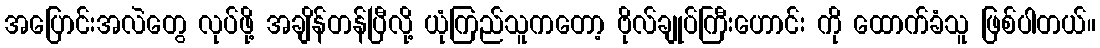
အပြောင်းအလဲတွေ လုပ်ဖို့ အချိန်တန်ပြီလို့ ယုံကြည်သူကတော့ ဗိုလ်ချုပ်ကြီးဟောင်း ကို ထောက်ခံသူ ဖြစ်ပါတယ်။